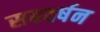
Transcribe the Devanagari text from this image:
सबवर्षन